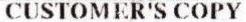
CUSTOMER'S COPY